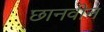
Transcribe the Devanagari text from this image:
छानवीन